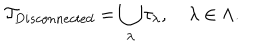
{ \cal T } _ { D i s c o n n e c t e d } = \bigcup _ { \lambda } \tau _ { \lambda } , \quad \lambda \in \Lambda .